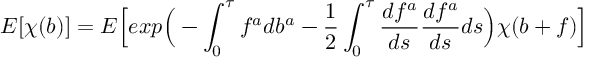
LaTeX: E [ \chi ( b ) ] = E \Big [ e x p \Big ( - \int _ { 0 } ^ { \tau } f ^ { a } d b ^ { a } - \frac { 1 } { 2 } \int _ { 0 } ^ { \tau } \frac { d f ^ { a } } { d s } \frac { d f ^ { a } } { d s } d s \Big ) \chi ( b + f ) \Big ]